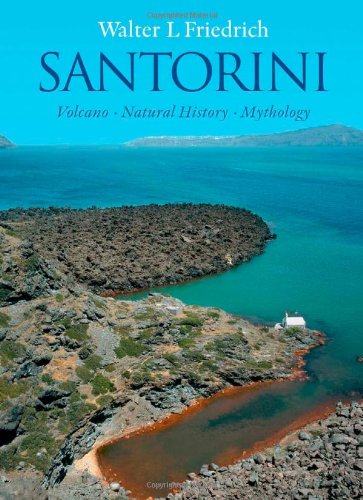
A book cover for Santorini: Volcano, Natural History, Mythology; Walter L Friedrich; Science & Math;